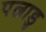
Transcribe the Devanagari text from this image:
पल्नाडु